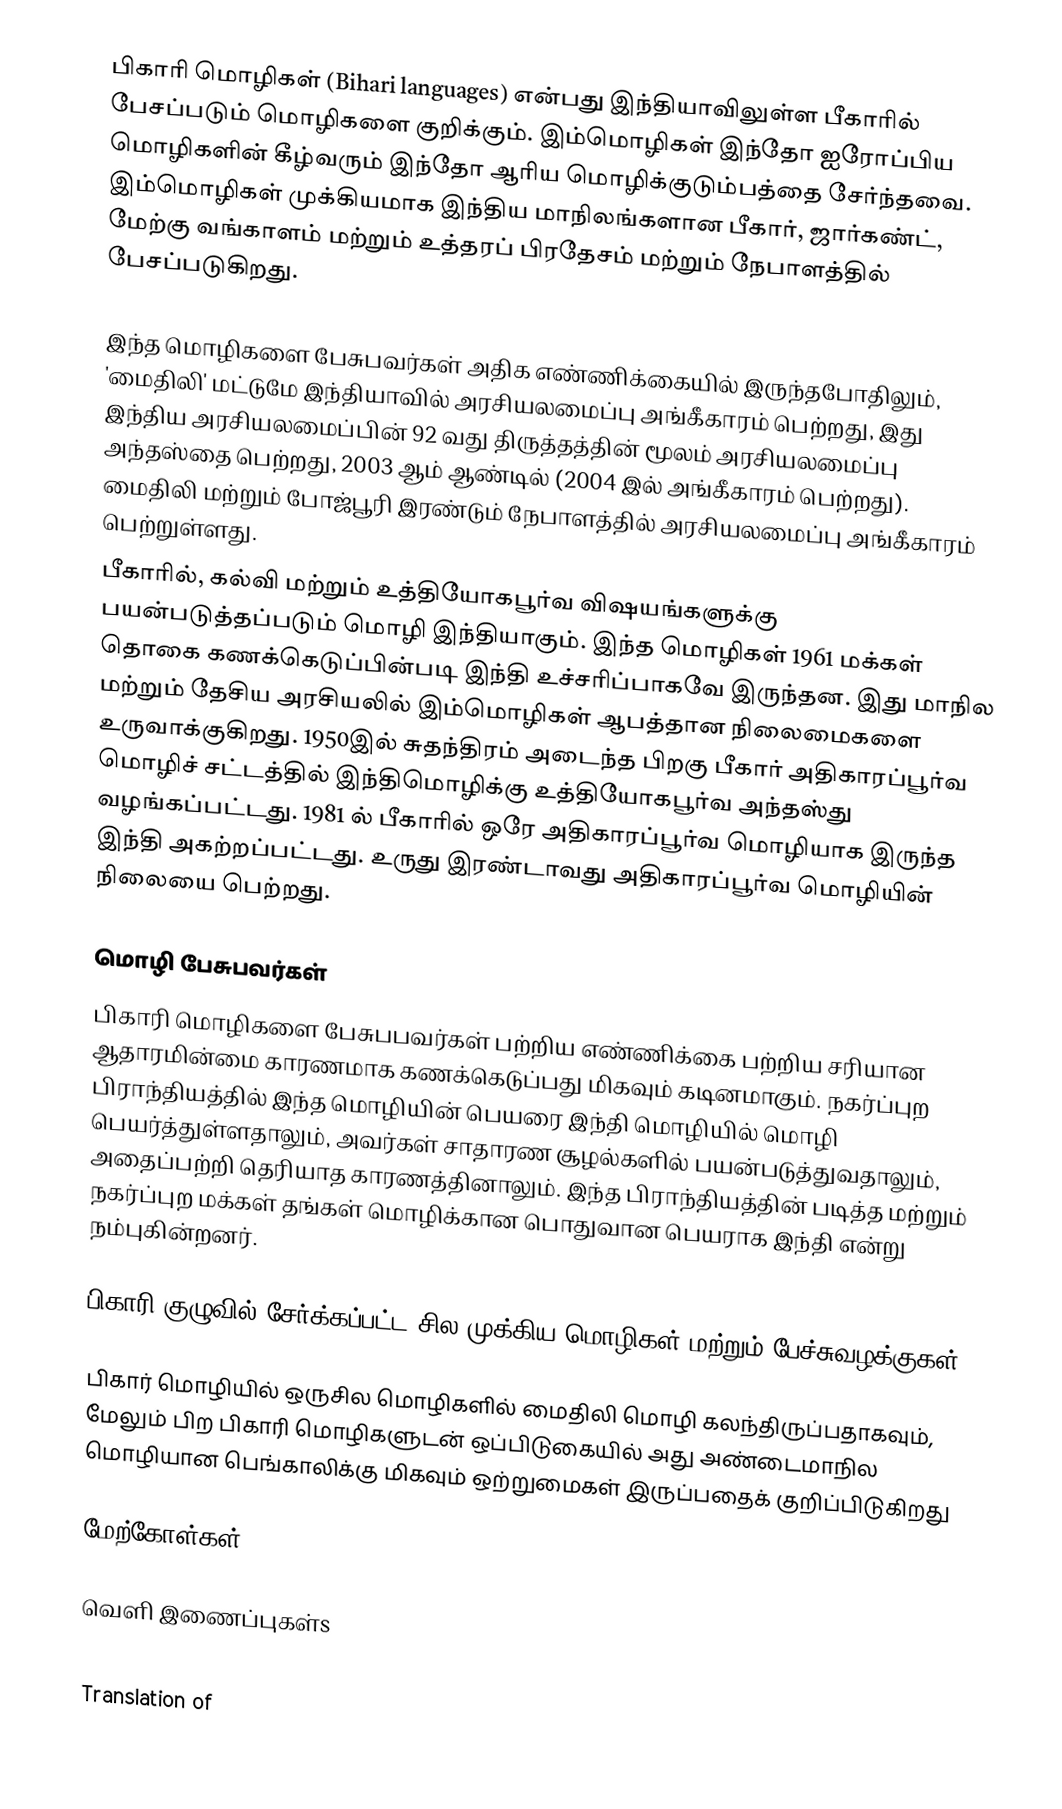
பிகாரி மொழிகள் (Bihari languages) என்பது இந்தியாவிலுள்ள பீகாரில் பேசப்படும் மொழிகளை குறிக்கும். இம்மொழிகள் இந்தோ ஐரோப்பிய மொழிகளின் கீழ்வரும் இந்தோ ஆரிய மொழிக்குடும்பத்தை சேர்ந்தவை. இம்மொழிகள் முக்கியமாக இந்திய மாநிலங்களான பீகார், ஜார்கண்ட், மேற்கு வங்காளம் மற்றும் உத்தரப் பிரதேசம் மற்றும் நேபாளத்தில் பேசப்படுகிறது.

இந்த மொழிகளை பேசுபவர்கள் அதிக எண்ணிக்கையில் இருந்தபோதிலும், 'மைதிலி' மட்டுமே இந்தியாவில் அரசியலமைப்பு அங்கீகாரம் பெற்றது, இது இந்திய அரசியலமைப்பின் 92 வது திருத்தத்தின் மூலம் அரசியலமைப்பு அந்தஸ்தை பெற்றது, 2003 ஆம் ஆண்டில் (2004 இல் அங்கீகாரம் பெற்றது).  மைதிலி மற்றும் போஜ்பூரி இரண்டும் நேபாளத்தில் அரசியலமைப்பு அங்கீகாரம் பெற்றுள்ளது.
பீகாரில், கல்வி மற்றும் உத்தியோகபூர்வ விஷயங்களுக்கு பயன்படுத்தப்படும் மொழி இந்தியாகும். இந்த மொழிகள் 1961 மக்கள் தொகை கணக்கெடுப்பின்படி இந்தி உச்சரிப்பாகவே இருந்தன. இது மாநில மற்றும் தேசிய அரசியலில் இம்மொழிகள் ஆபத்தான நிலைமைகளை உருவாக்குகிறது. 1950இல் சுதந்திரம் அடைந்த பிறகு பீகார் அதிகாரப்பூர்வ மொழிச் சட்டத்தில் இந்திமொழிக்கு உத்தியோகபூர்வ அந்தஸ்து வழங்கப்பட்டது. 1981 ல் பீகாரில் ஒரே அதிகாரப்பூர்வ மொழியாக இருந்த இந்தி அகற்றப்பட்டது. உருது இரண்டாவது அதிகாரப்பூர்வ மொழியின் நிலையை பெற்றது.

மொழி பேசுபவர்கள்
பிகாரி மொழிகளை பேசுபபவர்கள் பற்றிய எண்ணிக்கை பற்றிய சரியான ஆதாரமின்மை காரணமாக கணக்கெடுப்பது மிகவும் கடினமாகும். நகர்ப்புற பிராந்தியத்தில் இந்த மொழியின் பெயரை இந்தி மொழியில் மொழி பெயர்த்துள்ளதாலும், அவர்கள் சாதாரண சூழல்களில் பயன்படுத்துவதாலும், அதைப்பற்றி தெரியாத காரணத்தினாலும். இந்த பிராந்தியத்தின் படித்த மற்றும் நகர்ப்புற மக்கள் தங்கள் மொழிக்கான பொதுவான பெயராக இந்தி என்று நம்புகின்றனர்.

பிகாரி குழுவில் சேர்க்கப்பட்ட சில முக்கிய மொழிகள் மற்றும் பேச்சுவழக்குகள்

பிகார் மொழியில் ஒருசில மொழிகளில் மைதிலி மொழி கலந்திருப்பதாகவும், மேலும் பிற பிகாரி மொழிகளுடன் ஒப்பிடுகையில் அது அண்டைமாநில மொழியான பெங்காலிக்கு மிகவும் ஒற்றுமைகள் இருப்பதைக் குறிப்பிடுகிறது

மேற்கோள்கள்

வெளி இணைப்புகள்s
 A Comparative dictionary of the Bihārī language, Volume 1 By August Friedrich Rudolf Hoernle, Sir George Abraham Grierson (1885)
 Translation of